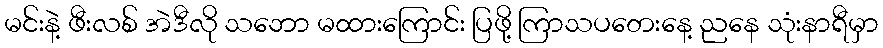
မင်းနဲ့ ဖီးလစ် အဲဒီလို သဘော မထားကြောင်း ပြဖို့ ကြာသပတေးနေ့ ညနေ သုံးနာရီမှာ